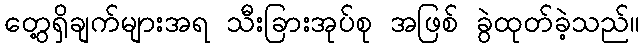
တွေ့ရှိချက်များအရ သီးခြားအုပ်စု အဖြစ် ခွဲထုတ်ခဲ့သည်။